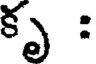
కృ :